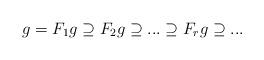
LaTeX: \begin{align*}g=F_1g\supseteq F_2g\supseteq...\supseteq F_rg\supseteq ...\end{align*}